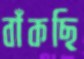
বাঁকছি